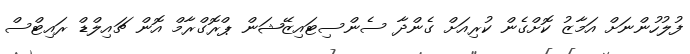
ފުލުހުންނަށް އަމާޒު ކޮށްގެން ކުރިއަށް ގެންދާ ސެންސިޓައިޒޭޝަން ޕްރޮގްރާމް އޮން ޗައިލްޑް ރައިޓްސް